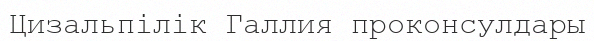
Цизальпілік Галлия проконсулдары